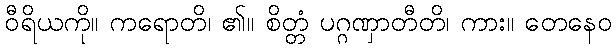
ဝီရိယကို။ ကရောတိ၊ ၏။ စိတ္တံ ပဂ္ဂဏှာတီတိ၊ ကား။ တေနေဝ